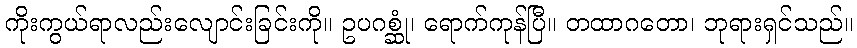
ကိုးကွယ်ရာလည်းလျောင်းခြင်းကို။ ဥပဂစ္ဆုံ၊ ရောက်ကုန်ပြီ။ တထာဂတော၊ ဘုရားရှင်သည်။